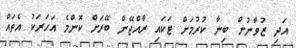
އަދި ޒުވާނުން ބިނާ ކުރުމަށް ޓަކައި ރާއްޖޭން ބޭރަށް ކޮންމެ އަހަރަކު އެތައް